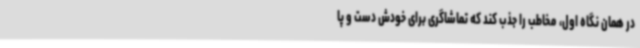
در همان نگاه اول، مخاطب را جذب کند که تماشاگری برای خودش دست و پا